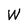
Character: W